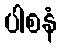
ပါစနံ